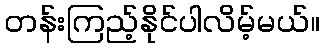
တန်းကြည့်နိုင်ပါလိမ့်မယ်။